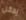
يمكن